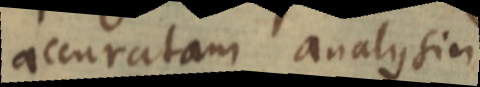
accuratam analysin